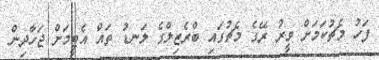
ފަހު މެޗުކަމަށް ވީރު ރޭގެ މެޗުގައި ބްރެޒިލްގެ ލަނޑު ތައް އެޓީމަށް ޖަހާދިން